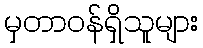
မှတာဝန်ရှိသူများ